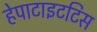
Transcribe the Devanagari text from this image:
हेपाटाइटटिस